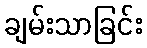
ချမ်းသာခြင်း